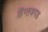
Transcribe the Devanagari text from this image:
हिंग्लजगड